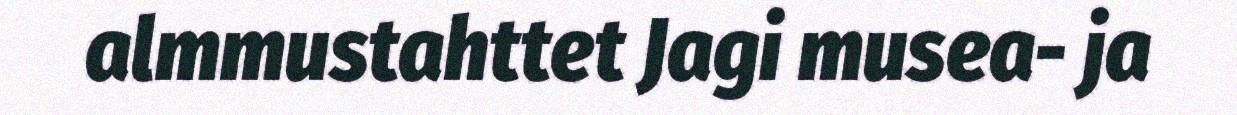
almmustahttet Jagi musea- ja